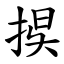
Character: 捑